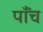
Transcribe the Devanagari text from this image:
पाँंच